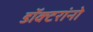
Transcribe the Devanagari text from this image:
डॉक्‍टरांनो